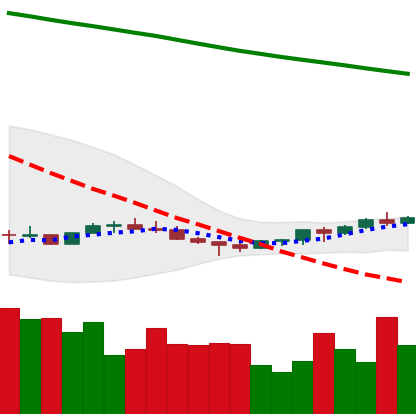
Ticker: EOS-USD
Chart end date: 2022-07-09
Forward return: -6.55%
Label: down_5_7